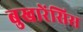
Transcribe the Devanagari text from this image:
बुखारेंसिस